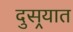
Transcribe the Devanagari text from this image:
दुसर्‍यात